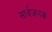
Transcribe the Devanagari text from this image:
सार्वजनक